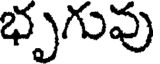
భృగువు